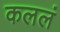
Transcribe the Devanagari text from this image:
कललं